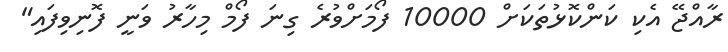
ރާއްޖޭ އެކި ކަންކޮޅުތަކަށް 10000 ފޯމަށްވުރެ ގިނަ ފޯމް މިހާރު ވަނީ ފޮނިވިފައި"